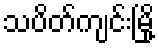
သပိတ်ကျင်းမြို့